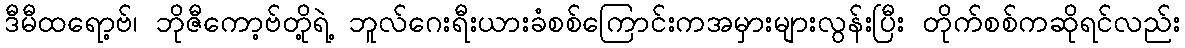
ဒီမီထရော့ဗ်၊ ဘိုဇီကော့ဗ်တို့ရဲ့ ဘူလ်ဂေးရီးယားခံစစ်ကြောင်းကအမှားများလွန်းပြီး တိုက်စစ်ကဆိုရင်လည်း